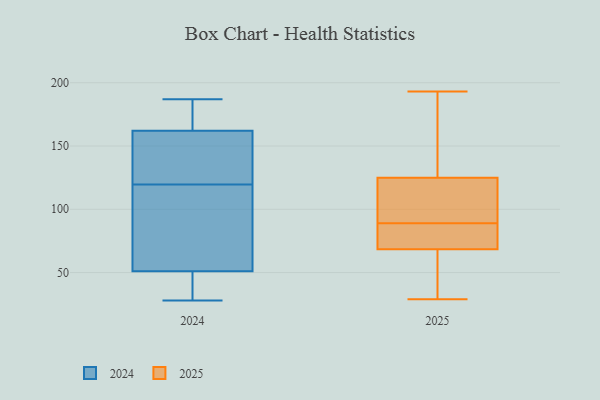
{"axis": {"x": "Churn Rate (%)", "y": "Value"}, "legend": ["2024", "2025"], "data": [{"x": "", "y": 160, "type": "2024"}, {"x": "", "y": 185, "type": "2024"}, {"x": "", "y": 40, "type": "2024"}, {"x": "", "y": 30, "type": "2024"}, {"x": "", "y": 123, "type": "2024"}, {"x": "", "y": 150, "type": "2024"}, {"x": "", "y": 90, "type": "2024"}, {"x": "", "y": 45, "type": "2024"}, {"x": "", "y": 57, "type": "2024"}, {"x": "", "y": 168, "type": "2024"}, {"x": "", "y": 113, "type": "2024"}, {"x": "", "y": 28, "type": "2024"}, {"x": "", "y": 164, "type": "2024"}, {"x": "", "y": 116, "type": "2024"}, {"x": "", "y": 187, "type": "2024"}, {"x": "", "y": 156, "type": "2024"}, {"x": "", "y": 33, "type": "2025"}, {"x": "", "y": 131, "type": "2025"}, {"x": "", "y": 106, "type": "2025"}, {"x": "", "y": 65, "type": "2025"}, {"x": "", "y": 89, "type": "2025"}, {"x": "", "y": 87, "type": "2025"}, {"x": "", "y": 107, "type": "2025"}, {"x": "", "y": 193, "type": "2025"}, {"x": "", "y": 29, "type": "2025"}, {"x": "", "y": 79, "type": "2025"}, {"x": "", "y": 190, "type": "2025"}]}